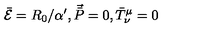
\bar { { \cal { E } } } = R _ { 0 } / \alpha ^ { \prime } , \vec { \bar { P } } = 0 , \bar { T } ^ { \mu } _ { \nu } = 0